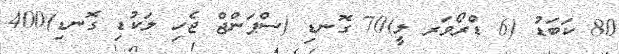
80 ކަބަޑު (6 ޑްރޯވަރ ލީ)70 ގޮނޑި (ސްޕަންޖް ޖެހި ލަކުޑި ގޮނޑި)400